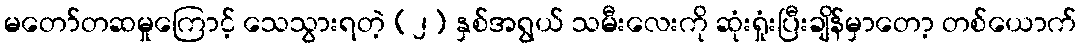
မတော်တဆမှုကြောင့် သေသွားရတဲ့ (၂) နှစ်အရွယ် သမီးလေးကို ဆုံးရှုံးပြီးချိန်မှာတော့ တစ်ယောက်